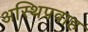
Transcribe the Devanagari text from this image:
अस्थिप्रवाह